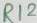
Text: R12